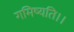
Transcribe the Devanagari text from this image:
गमिष्यति।।